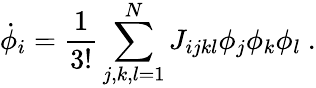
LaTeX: \dot{\phi}_{i}=\frac{1}{3!}\sum_{j,k,l=1}^{N}J_{ijkl}\phi_{j}\phi_{k}\phi_{l}~.